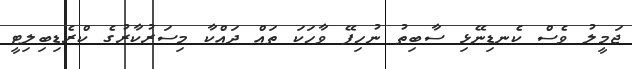
ޖަމީލު ވެސް ކެނޑިނޭޅި ސާބިތު ނުހިފޭ ވާހަކަ ތައް ދައްކާ މިސަރުކާރުގެ ކްރެޑިބިލިޓީ